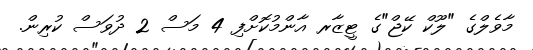
މާވެލްގެ "ލޫކް ކޭޖް"ގެ ޓީޒާރ އާންމުކޮށްފި 4 މަސް 2 ދުވަސް ކުރިން.